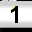
Digit: 1